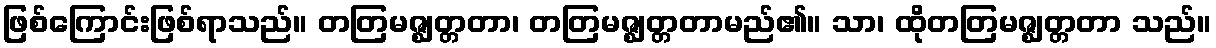
ဖြစ်ကြောင်းဖြစ်ရာသည်။ တတြမဇ္ဈတ္တတာ၊ တတြမဇ္ဈတ္တတာမည်၏။ သာ၊ ထိုတတြမဇ္ဈတ္တတာ သည်။